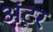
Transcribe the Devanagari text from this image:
अंटर